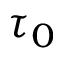
\tau _ { 0 }